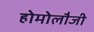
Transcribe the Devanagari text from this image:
होमोलौजी